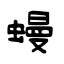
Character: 蟃